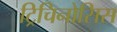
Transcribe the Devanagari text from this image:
ट्रिचिनोसिस